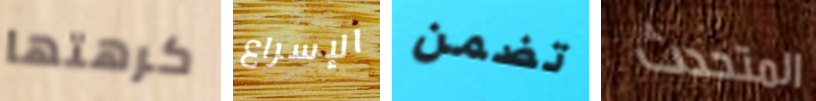
كرهتها الإسراع تضمن المتحدث